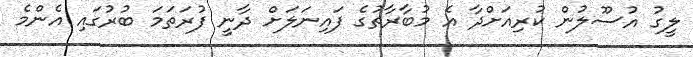
ލީގު އުސޫލުން ކުރިއަށްދާ އެ މުބާރާތުގެ ފައިނަލަށް ދާނީ ފުރަތަމަ ބުރުގައި އެންމެ